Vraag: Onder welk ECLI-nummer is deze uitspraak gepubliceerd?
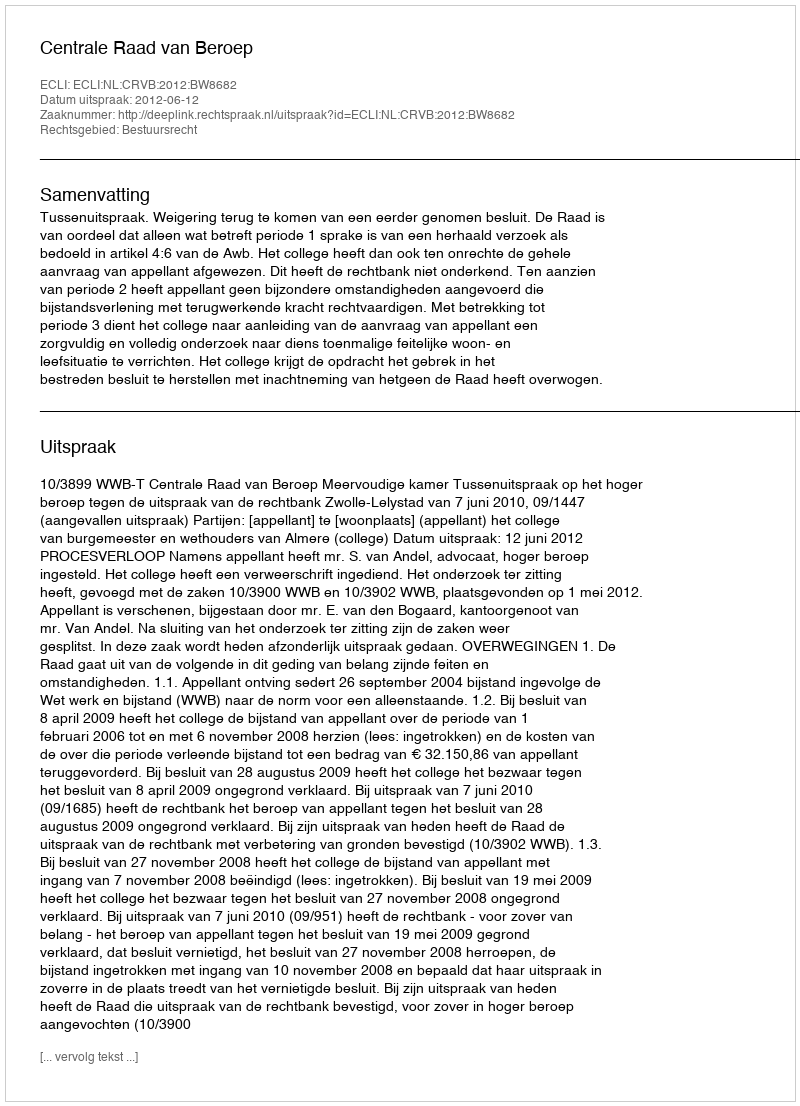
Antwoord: ECLI:NL:CRVB:2012:BW8682